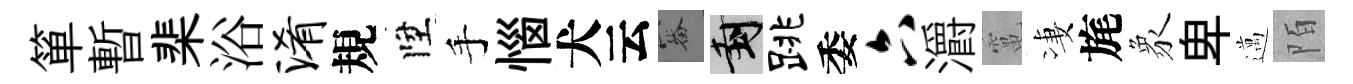
箪暫棐浴淆規陞手惱犬云審封跳委六灂𥧄凄旄象卑邁陌